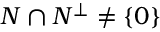
N \cap N ^ { \bot } \neq \{ 0 \}